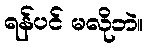
ရန်ပင် မလိုဘဲ။